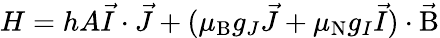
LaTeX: H=hA{\vec{I}}\cdot{\vec{J}}+(\mu_{\mathrm{{B}}}g_{J}{\vec{J}}+\mu_{\mathrm{{N}}}g_{I}{\vec{I}})\cdot{\vec{\mathrm{{B}}}}